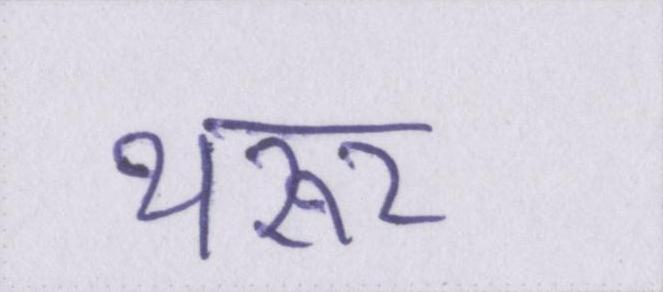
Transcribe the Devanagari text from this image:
थरूर